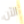
الآن